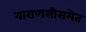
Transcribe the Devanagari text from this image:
वाराणसीसमेत